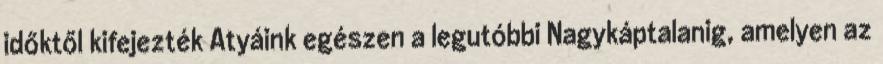
időktől kifejezték Atyáink egészen a legutóbbi Nagykáptalanig, amelyen az